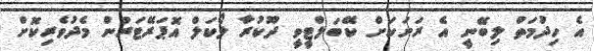
އެ ހިދުމަތް ލިބޭނީ އެ ރަށަކަށް ކޭބަލްޓީވީ ދޫކުރާ ލޯކަލް އޮޕަރޭޓަރުން މެދުވެރިކޮށް